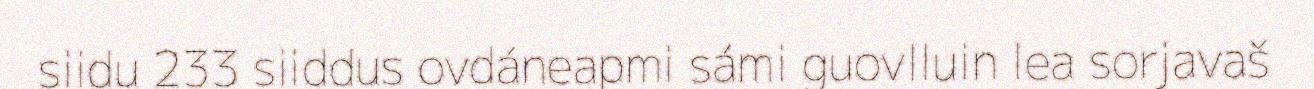
siidu 233 siiddus ovdáneapmi sámi guovlluin lea sorjavaš